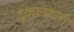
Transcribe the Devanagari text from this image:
दूकानदारी